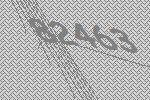
82463